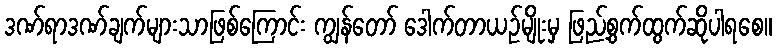
ဒဏ်ရာဒဏ်ချက်များသာဖြစ်ကြောင်း ကျွန်တော် ဒေါက်တာယဉ်မျိုးမှ ဖြည့်စွက်ထွက်ဆိုပါရစေ။